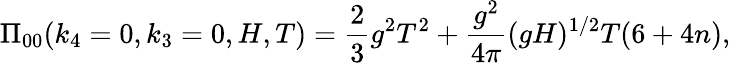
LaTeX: \Pi_{00}(k_{4}=0,k_{3}=0,H,T)=\frac{2}{3}g^{2}T^{2}+\frac{g^{2}}{4\pi}(gH)^{1/2}T(6+4n),